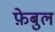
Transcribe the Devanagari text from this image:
फ़ेबुल